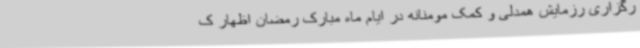
رگزاری رزمایش همدلی و کمک مومنانه در ایام ماه مبارک رمضان اظهار ک